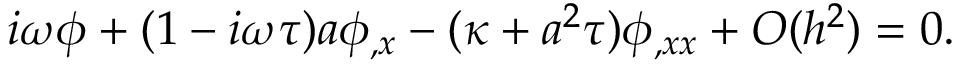
i \omega \phi + ( 1 - i \omega \tau ) a \phi _ { , x } - ( \kappa + a ^ { 2 } \tau ) \phi _ { , x x } + O ( h ^ { 2 } ) = 0 .